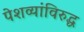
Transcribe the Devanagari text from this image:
पेशव्यांविरुद्ध